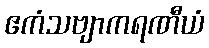
ဧကံသဗျာကရဏီယံ